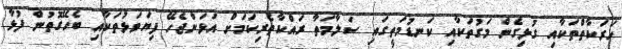
ހަރަކާތްތަކާއި ގުޅިގެން މަގުތަކާއި ކަނޑުމަތީގައި ސަލާމަތާ ރައްކާތެރިކަމަށް އަޅަންޖެހޭ ފިޔަވަޅުތަކާއި ބެހޭގޮތުން ފުޅާ